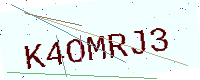
Text: K4OMRJ3